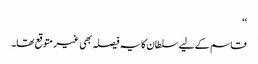
‘‘
قاسم کے لیے سلطان کا یہ فیصلہ بھی غیر متوقع تھا۔